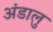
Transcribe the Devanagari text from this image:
अंडालु